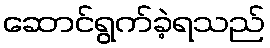
ဆောင်ရွက်ခဲ့ရသည်